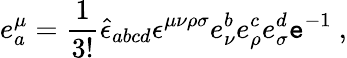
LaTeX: e_{a}^{\mu}=\frac{1}{3!}\hat{\epsilon}_{abcd}\epsilon^{\mu\nu\rho\sigma}e_{\nu}^{b}e_{\rho}^{c}e_{\sigma}^{d}{\tt e}^{-1}~,